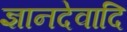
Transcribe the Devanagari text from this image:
ज्ञानदेवादि